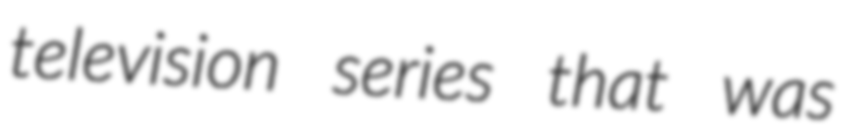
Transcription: television series that was